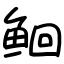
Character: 𫚔